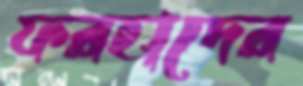
ফরহাদের